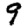
Digit: 9